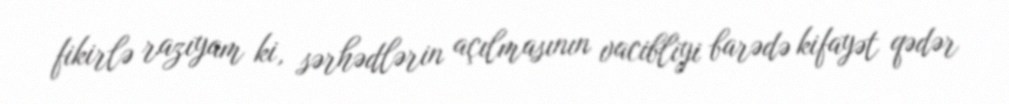
fikirlə razıyam ki, sərhədlərin açılmasının vacibliyi barədə kifayət qədər